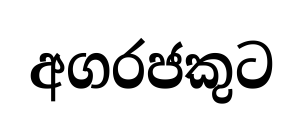
අගරජකුට